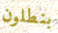
بنطلون